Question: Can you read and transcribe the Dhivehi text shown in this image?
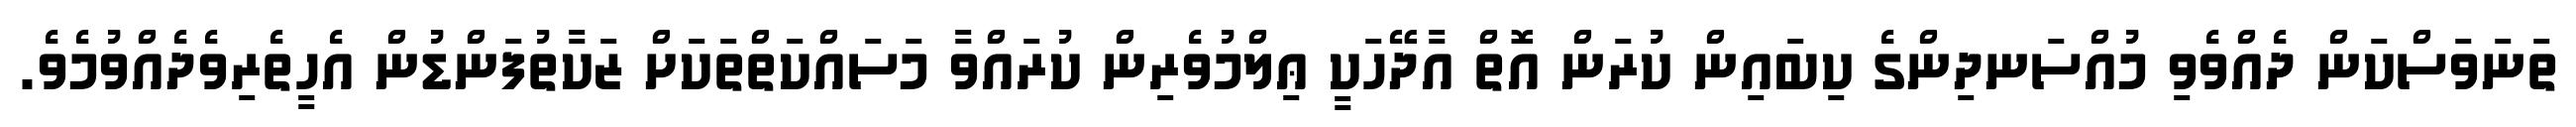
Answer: ތަނަވަސްކަން ދެއްވެވި މުއްސަނދިންގެ ކިބައިން ކުރަން އޮތް އާދޭހަކީ ޢިލްމުވެރިން ކުރައްވާ މަސައްކަތްތަކަށް ޒަކާތުފަންޑުން އެހީތެރިވެދެއްވުމެވެ.